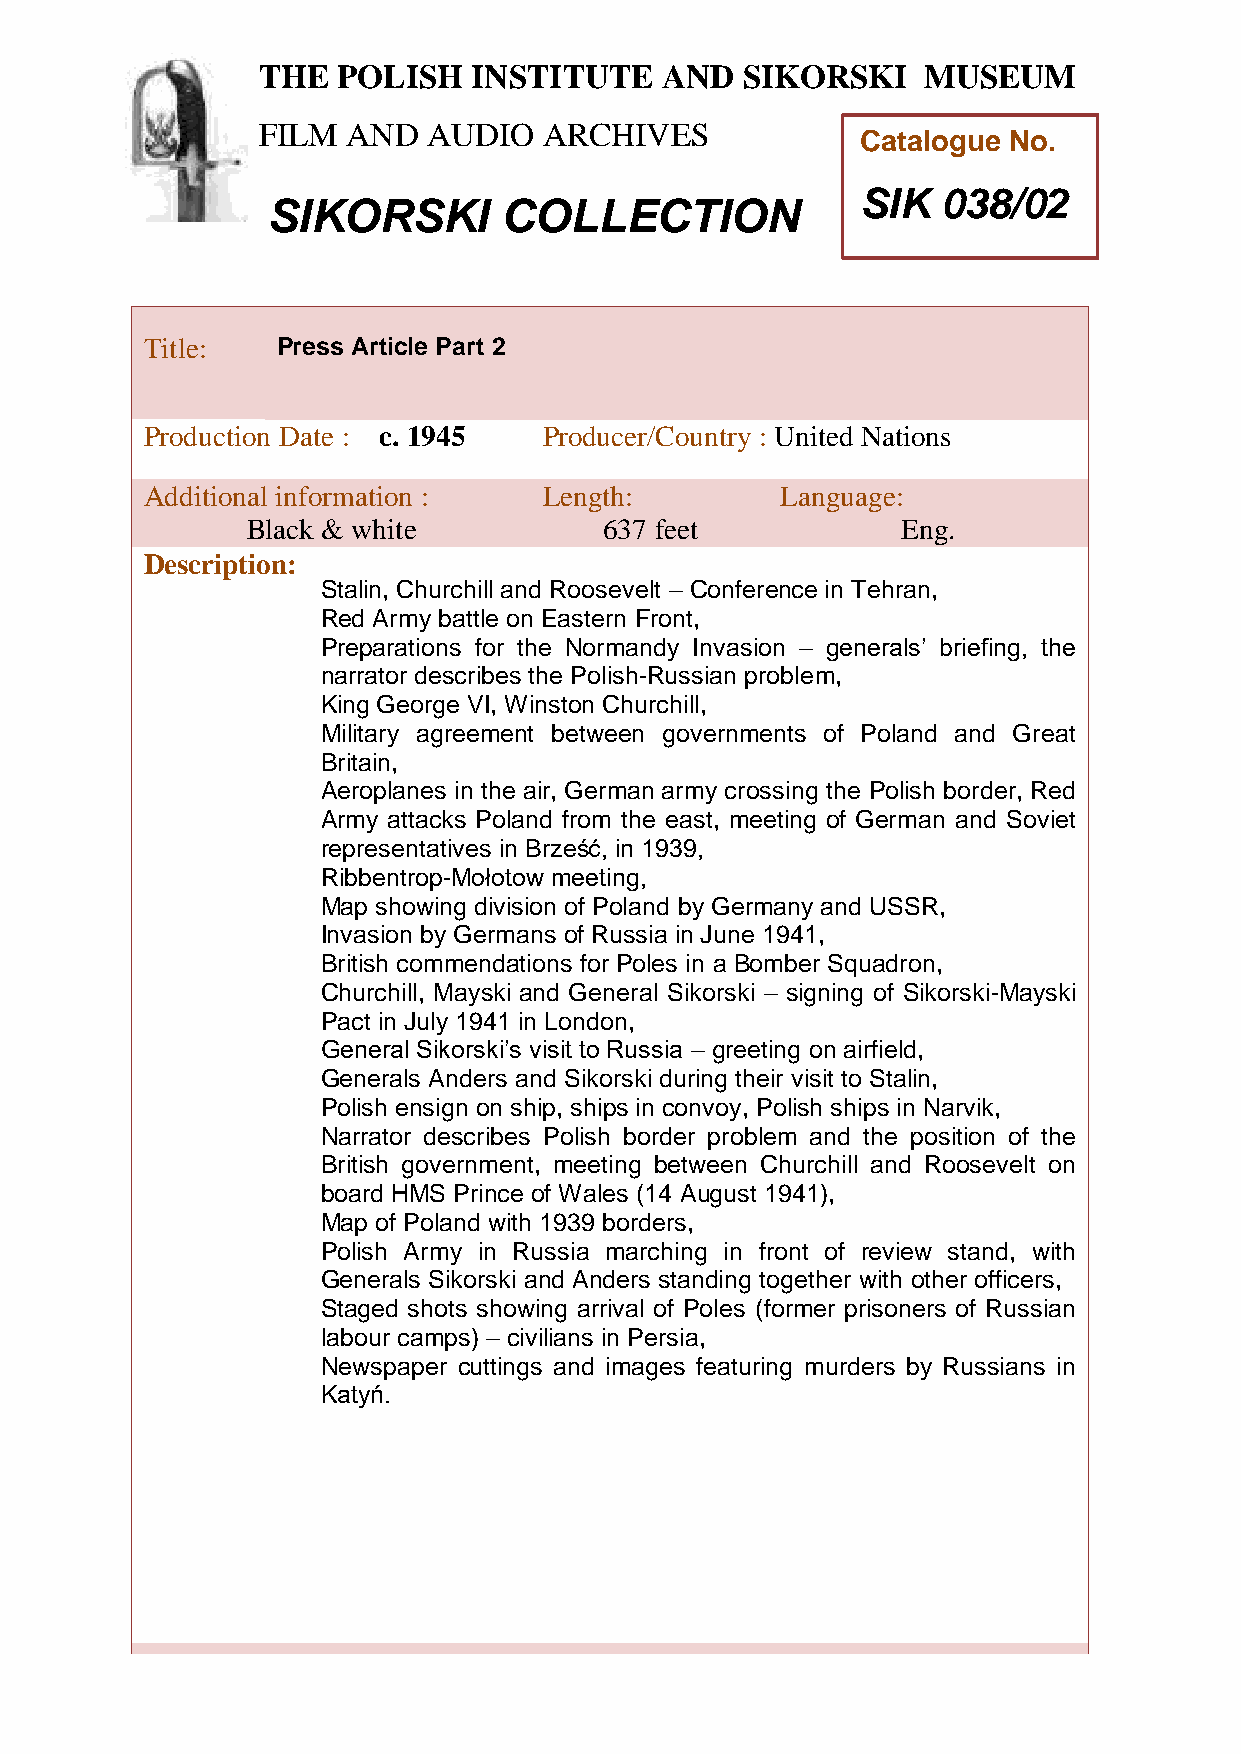
THE  POLISH   INSTITUTE    AND  SIKORSKI    MUSEUM
 FILM  AND  AUDIO   ARCHIVES
 Catalogue No.
 SIK  038/02
 SIKORSKI       COLLECTION
 TTitle:     Press Article Part 2
 h
 e
 Pro duction Date : c. 1945 Producer/Country : United Nations
 P
 Additional information :   Length:         Language:
 o
 l
 Black & white           637 feet            Eng.
 i
 Descriptions:
 Stalin, Churchill and Roosevelt – Conference in Tehran,
 h
 Re d Army battle on Eastern Front,
 I
 Preparations for the Normandy Invasion – generals’ briefing, the
 n
 narrator describes the Polish-Russian problem,
 s
 King George VI, Winston Churchill,
 t
 Military agireement between governments of Poland and Great
 t
 Britain,
 u
 Aeroplanes in thte air, German army crossing the Polish border, Red
 Army attacks Poland from the east, meeting of German and Soviet
 e
 representatives in Br ześć, in 1939,
 Ribbentrop-Mołotow maeeting,
 Map showing division of Poland by Germany and USSR,
 n
 Invasion by Germans of Russia in June 1941,
 d
 British commendations for Po les in a Bomber Squadron,
 Churchill, Mayski and General Sikorski – signing of Sikorski-Mayski
 S
 Pact in July 1941 in London, i
 General Sikorski’s visit to Russia – kgreeting on airfield,
 Generals Anders and Sikorski during their visit to Stalin,
 o
 Polish ensign on ship, ships in convoy, Prolish ships in Narvik,
 Narrator describes Polish border problems and the position of the
 British government, meeting between Churkchill and Roosevelt on
 i
 board HMS Prince of Wales (14 August 1941),
 Map of Poland with 1939 borders,
 Polish Army in Russia marching in front of rMeview stand, with
 Generals Sikorski and Anders standing together with uother officers,
 Staged shots showing arrival of Poles (former prisonerss of Russian
 labour camps) – civilians in Persia,
 e
 Newspaper cuttings and images featuring murders by Russians in
 u
 Katyń.
 m